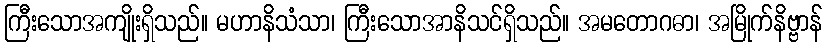
ကြီးသောအကျိုးရှိသည်။ မဟာနိသံသာ၊ ကြီးသောအာနိသင်ရှိသည်။ အမတောဂဓာ၊ အမြိုက်နိဗ္ဗာန်